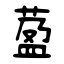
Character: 萾